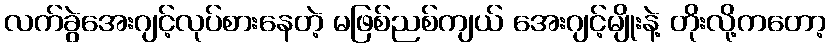
လက်ခွဲအေးဂျင့်လုပ်စားနေတဲ့ မဖြစ်ညစ်ကျယ် အေးဂျင့်မျိုးနဲ့ တိုးလို့ကတော့